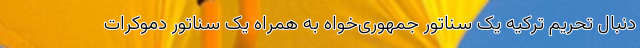
دنبال تحریم ترکیه یک سناتور جمهوری‌خواه به همراه یک سناتور دموکرات